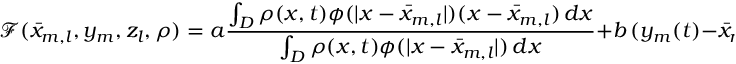
\mathcal { F } ( \bar { x } _ { m , l } , y _ { m } , z _ { l } , \rho ) = a \frac { \int _ { D } \rho ( x , t ) \phi ( | x - \bar { x } _ { m , l } | ) ( x - \bar { x } _ { m , l } ) \, d x } { \int _ { D } \rho ( x , t ) \phi ( | x - \bar { x } _ { m , l } | ) \, d x } + b \, ( y _ { m } ( t ) - \bar { x } _ { m , l } ) + c \, ( z _ { l } ( t ) - \bar { x } _ { m , l } ) .